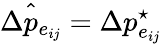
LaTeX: \hat{\Delta{p_{e_{ij}}}}=\Delta p_{e_{ij}}^{\star}